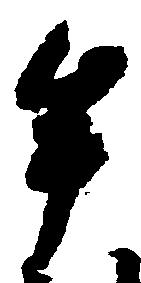
牟